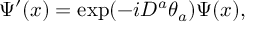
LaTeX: \Psi ^ { \prime } ( x ) = \exp ( - i D ^ { a } \theta _ { a } ) \Psi ( x ) ,